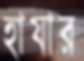
হাযার